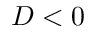
D < 0